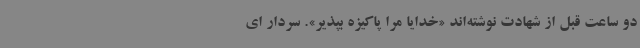
دو ساعت قبل از شهادت نوشته‌اند «خدایا مرا پاکیزه بپذیر». سردار ای